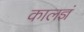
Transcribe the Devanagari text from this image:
कालज्ञं